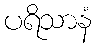
ပရိသာနံ